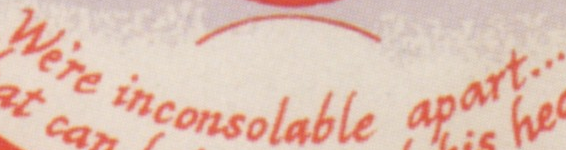
We're inconsolable apart...